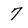
Character: 7